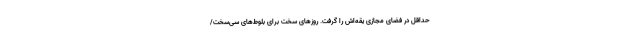
حداقل در فضای مجازی یقه‌اش را گرفت. روزهای سخت برای بلوط‌های سی‌سخت/